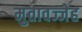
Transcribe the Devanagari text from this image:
मुतावज्जेह